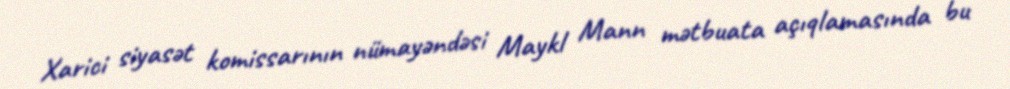
Xarici siyasət komissarının nümayəndəsi Maykl Mann mətbuata açıqlamasında bu